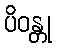
ပိဝန္တု